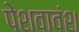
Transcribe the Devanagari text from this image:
पेशवावंश